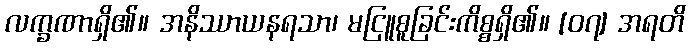
လက္ခဏာရှိ၏။ အနိဿာယနရသာ၊ မငြူစူခြင်းကိစ္စရှိ၏။ [၀၇] အရတိ